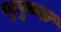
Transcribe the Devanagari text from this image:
भृगूच्या